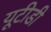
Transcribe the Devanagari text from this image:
यूटीडी